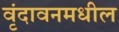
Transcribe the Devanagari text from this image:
वृंदावनमधील